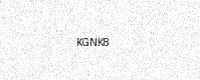
Text: KGNK8